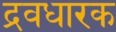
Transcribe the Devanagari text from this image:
द्रवधारक